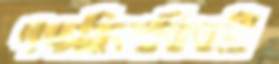
পঙ্চবিংশতিতমী